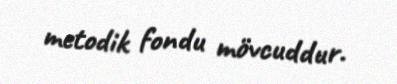
metodik fondu mövcuddur.